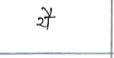
मजकूर: यै